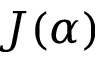
J ( \alpha )